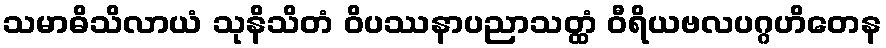
သမာဓိသိလာယံ သုနိသိတံ ဝိပဿနာပညာသတ္ထံ ဝီရိယဗလပဂ္ဂဟိတေန